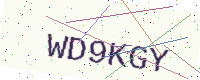
Text: WD9KGY